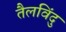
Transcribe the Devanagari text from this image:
तैलविंदु